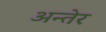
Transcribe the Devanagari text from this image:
अन्तेर